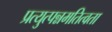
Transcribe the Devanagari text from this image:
प्रत्युत्पन्नमतित्वता